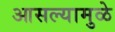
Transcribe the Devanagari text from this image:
आसल्‍यामुळे